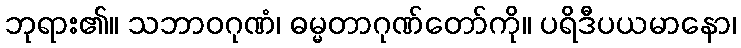
ဘုရား၏။ သဘာဝဂုဏံ၊ ဓမ္မတာဂုဏ်တော်ကို။ ပရိဒီပယမာနော၊